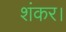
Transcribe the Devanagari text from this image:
शंकर।